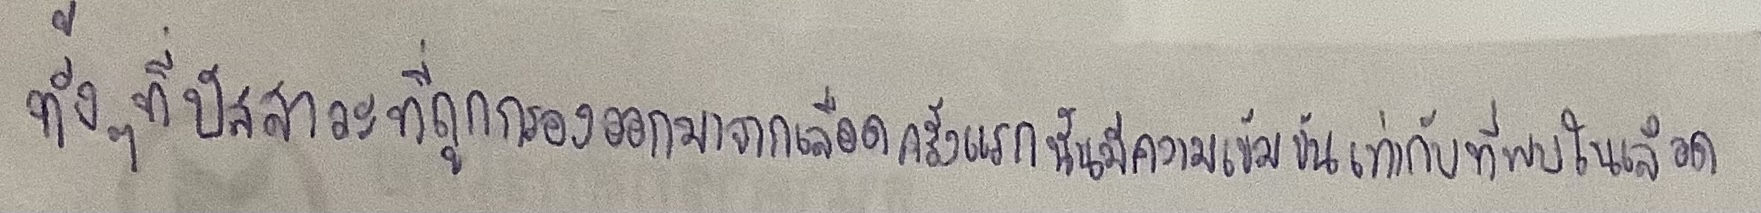
ทั้งๆ ที่ปัสสาวะที่ถูกกรองออกมาจากเลือดครั้งแรกนั้นมีความเข้มข้นเท่ากับที่พบในเลือด